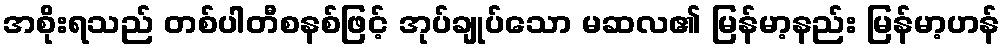
အစိုးရသည် တစ်ပါတီစနစ်ဖြင့် အုပ်ချုပ်သော မဆလ၏ မြန်မာ့နည်း မြန်မာ့ဟန်